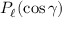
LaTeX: P _ { \ell } ( \cos \gamma )